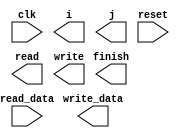

module Det(clk,i,j,reset,read,write,read_data,write_data,finish);
	parameter n=20;
	
	input reset,clk;
	input [n-1:0]read_data;
	
	output [n-1:0]i,j;
	output read,write,finish;
	output [2*n-1:0]write_data;
endmodule